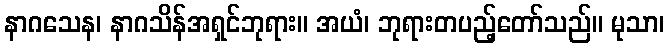
နာဂသေန၊ နာဂသိန်အရှင်ဘုရား။ အယံ၊ ဘုရားတပည့်တော်သည်။ မုသာ၊